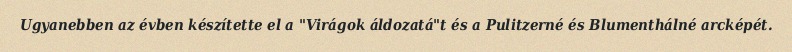
Ugyanebben az évben készítette el a "Virágok áldozatá"t és a Pulitzerné és Blumenthálné arcképét.